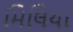
મિલિયા